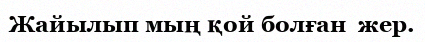
Жайылып мың қой болған  жер.